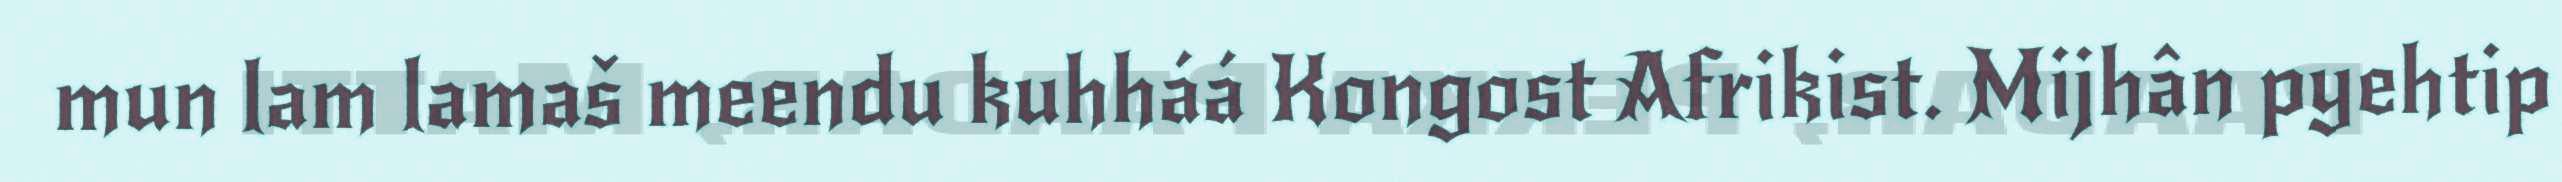
mun lam lamaš meendu kuhháá Kongost Afrikist. Mijhân pyehtip